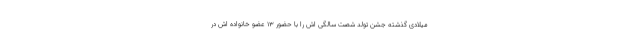
میلادی گذشته جشن تولد شصت سالگی اش را با حضور ۱۳ عضو خانواده اش در